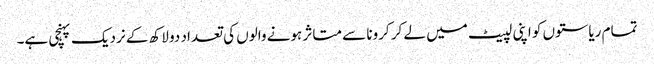
تمام ریاستوں کو اپنی لپیٹ میں لے کر کرونا سے متاثر ہونے والوں کی تعداد دو لاکھ کے نردیک پہنچی ہے۔